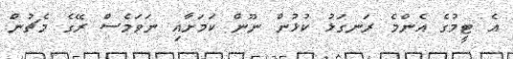
އެ ޓީމުގެ އެންމެ ރަނގަޅު ކުޅުން ނޫން ކަމަށާއި ނަވަމެސް ރޭގެ މެޗުން